Indian journal of veterinary science and animal husbandry - Volumes 26-27, 1956-1957
Year: 1956
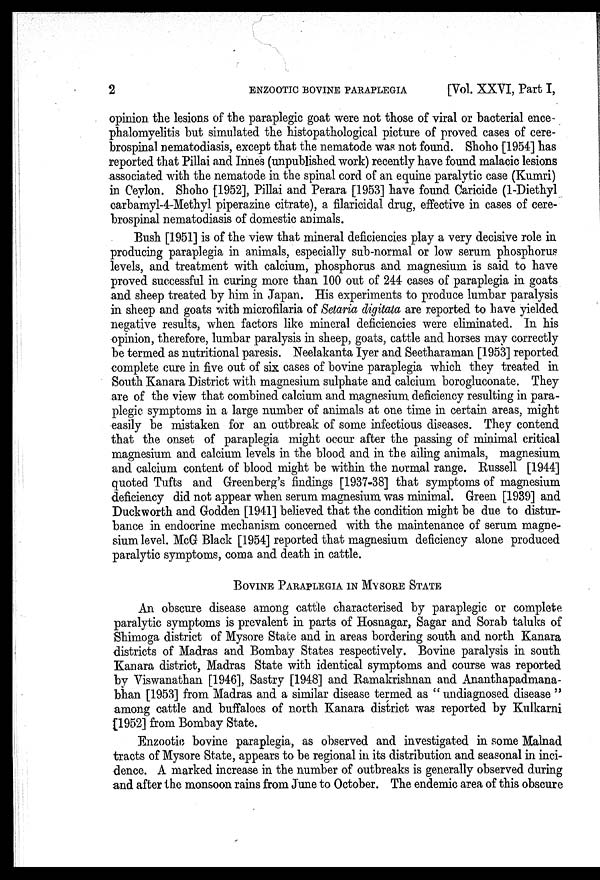
2
ENZOOTIC BOVINE PARAPLEGIA
[Vol. XXVI, Part I,
opinion the lesions of the paraplegic goat were not those of viral or bacterial ence-
phalomyelitis but simulated the histopathological picture of proved cases of cere-
brospinal nematodiasis, except that the nematode was not found. Shoho [1954] has
reported that Pillai and Innes (unpublished work) recently have found malacic lesions
associated with the nematode in the spinal cord of an equine paralytic case (Kumri)
in Ceylon. Shoho [1952], Pillai and Perara [1953] have found Caricide (1-Diethyl
carbamyl-4-Methyl piperazine citrate), a filaricidal drug, effective in cases of cere-
brospinal nematodiasis of domestic animals.
Bush [1951] is of the view that mineral deficiencies play a very decisive role in
producing paraplegia in animals, especially sub-normal or low serum phosphorus
levels, and treatment with calcium, phosphorus and magnesium is said to have
proved successful in curing more than 100 out of 244 cases of paraplegia in goats
and sheep treated by him in Japan. His experiments to produce lumbar paralysis
in sheep and goats with microfilaria of Setaria digitata are reported to have yielded
negative results, when factors like mineral deficiencies were eliminated. In his
opinion, therefore, lumbar paralysis in sheep, goats, cattle and horses may correctly
be termed as nutritional paresis. Neelakanta Iyer and Seetharaman [1953] reported
complete cure in five out of six cases of bovine paraplegia which they treated in
South Kanara District with magnesium sulphate and calcium borogluconate. They
are of the view that combined calcium and magnesium deficiency resulting in para-
plegic symptoms in a large number of animals at one time in certain areas, might
easily be mistaken for an outbreak of some infectious diseases. They contend
that the onset of paraplegia might occur after the passing of minimal critical
magnesium and calcium levels in the blood and in the ailing animals, magnesium
and calcium content of blood might be within the normal range. Russell [1944]
quoted Tufts and Greenberg's findings [1937-38] that symptoms of magnesium
deficiency did not appear when serum magnesium was minimal. Green [1939] and
Duckworth and Godden [1941] believed that the condition might be due to distur-
bance in endocrine mechanism concerned with the maintenance of serum magne-
sium level. McG Black [1954] reported that magnesium deficiency alone produced
paralytic symptoms, coma and death in cattle.
BOVINE PARAPLEGIA IN MYSORE STATE
An obscure disease among cattle characterised by paraplegic or complete
paralytic symptoms is prevalent in parts of Hosnagar, Sagar and Sorab taluks of
Shimoga district of Mysore State and in areas bordering south and north Kanara
districts of Madras and Bombay States respectively. Bovine paralysis in south
Kanara district, Madras State with identical symptoms and course was reported
by Viswanathan [1946], Sastry [1948] and Ramakrishnan and Ananthapadmana-
bhan [1953] from Madras and a similar disease termed as " undiagnosed disease "
among cattle and buffaloes of north Kanara district was reported by Kulkarni
[1952] from Bombay State.
Enzootic bovine paraplegia, as observed and investigated in some Malnad
tracts of Mysore State, appears to be regional in its distribution and seasonal in inci-
dence. A marked increase in the number of outbreaks is generally observed during
and after the monsoon rains from June to October. The endemic area of this obscure